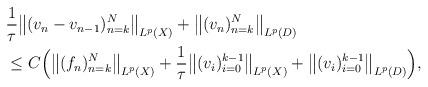
LaTeX: \begin{align*}\begin{aligned}&\frac{1}{\tau}\big\|(v_n-v_{n-1} )_{n=k}^N\big\|_{ L^p(X)} + \big\|(v_n )_{n=k}^N\big\|_{ L^p(D)} \\&\le C\Big(\big\|(f_n)_{n=k}^N\big\|_{ L^p(X)} +\frac{1}{\tau}\big\|(v_i)_{i=0}^{k-1}\big\|_{ L^p(X)} + \big\|(v_i )_{i=0}^{k-1}\big\|_{ L^p(D)} \Big) ,\end{aligned}\end{align*}